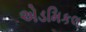
એડમિકલ